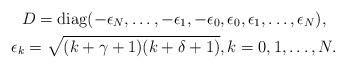
LaTeX: \begin{gather*} D= \operatorname{diag} (-\epsilon_N,\ldots,-\epsilon_1,-\epsilon_0,\epsilon_0,\epsilon_1,\ldots,\epsilon_{N}),\\\epsilon_{k}=\sqrt{(k+\gamma+1)(k+\delta+1)}, k=0,1,\ldots,N.\end{gather*}